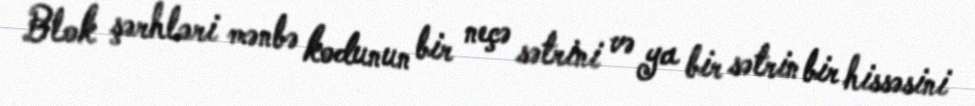
Blok şərhləri mənbə kodunun bir neçə sətrini və ya bir sətrin bir hissəsini